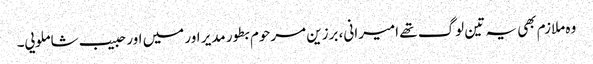
وہ ملازم بھی یہ تین لوگ تھے امیرانی، برزین مرحوم بطور مدیر اور میں اور حبیب شاملویی۔